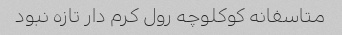
متاسفانه کوکلوچه رول کرم دار تازه نبود